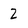
Character: 2